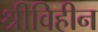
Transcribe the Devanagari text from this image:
श्रीविहीन